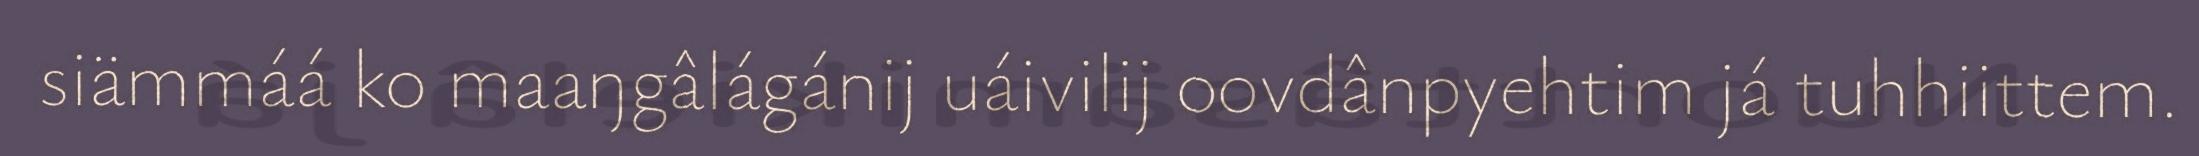
siämmáá ko maaŋgâlágánij uáivilij oovdânpyehtim já tuhhiittem.